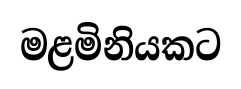
මළමිනියකට